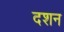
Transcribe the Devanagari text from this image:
दशन